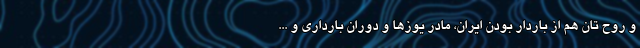
و روح تان هم از باردار بودن ایران، مادر یوزها و دوران بارداری و ...